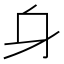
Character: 𨈐